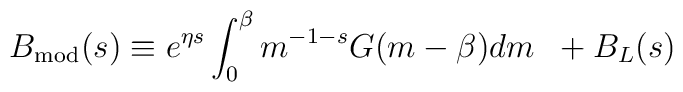
B_{\rm mod}(s)\equiv e^{\eta s}\int_{0}^{\beta}m^{-1-s}G(m-\beta)dm\;\;+B_L(s)